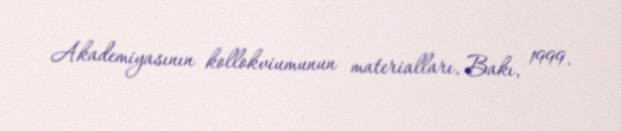
Akademiyasının kollokviumunun materialları, Bakı, 1999.